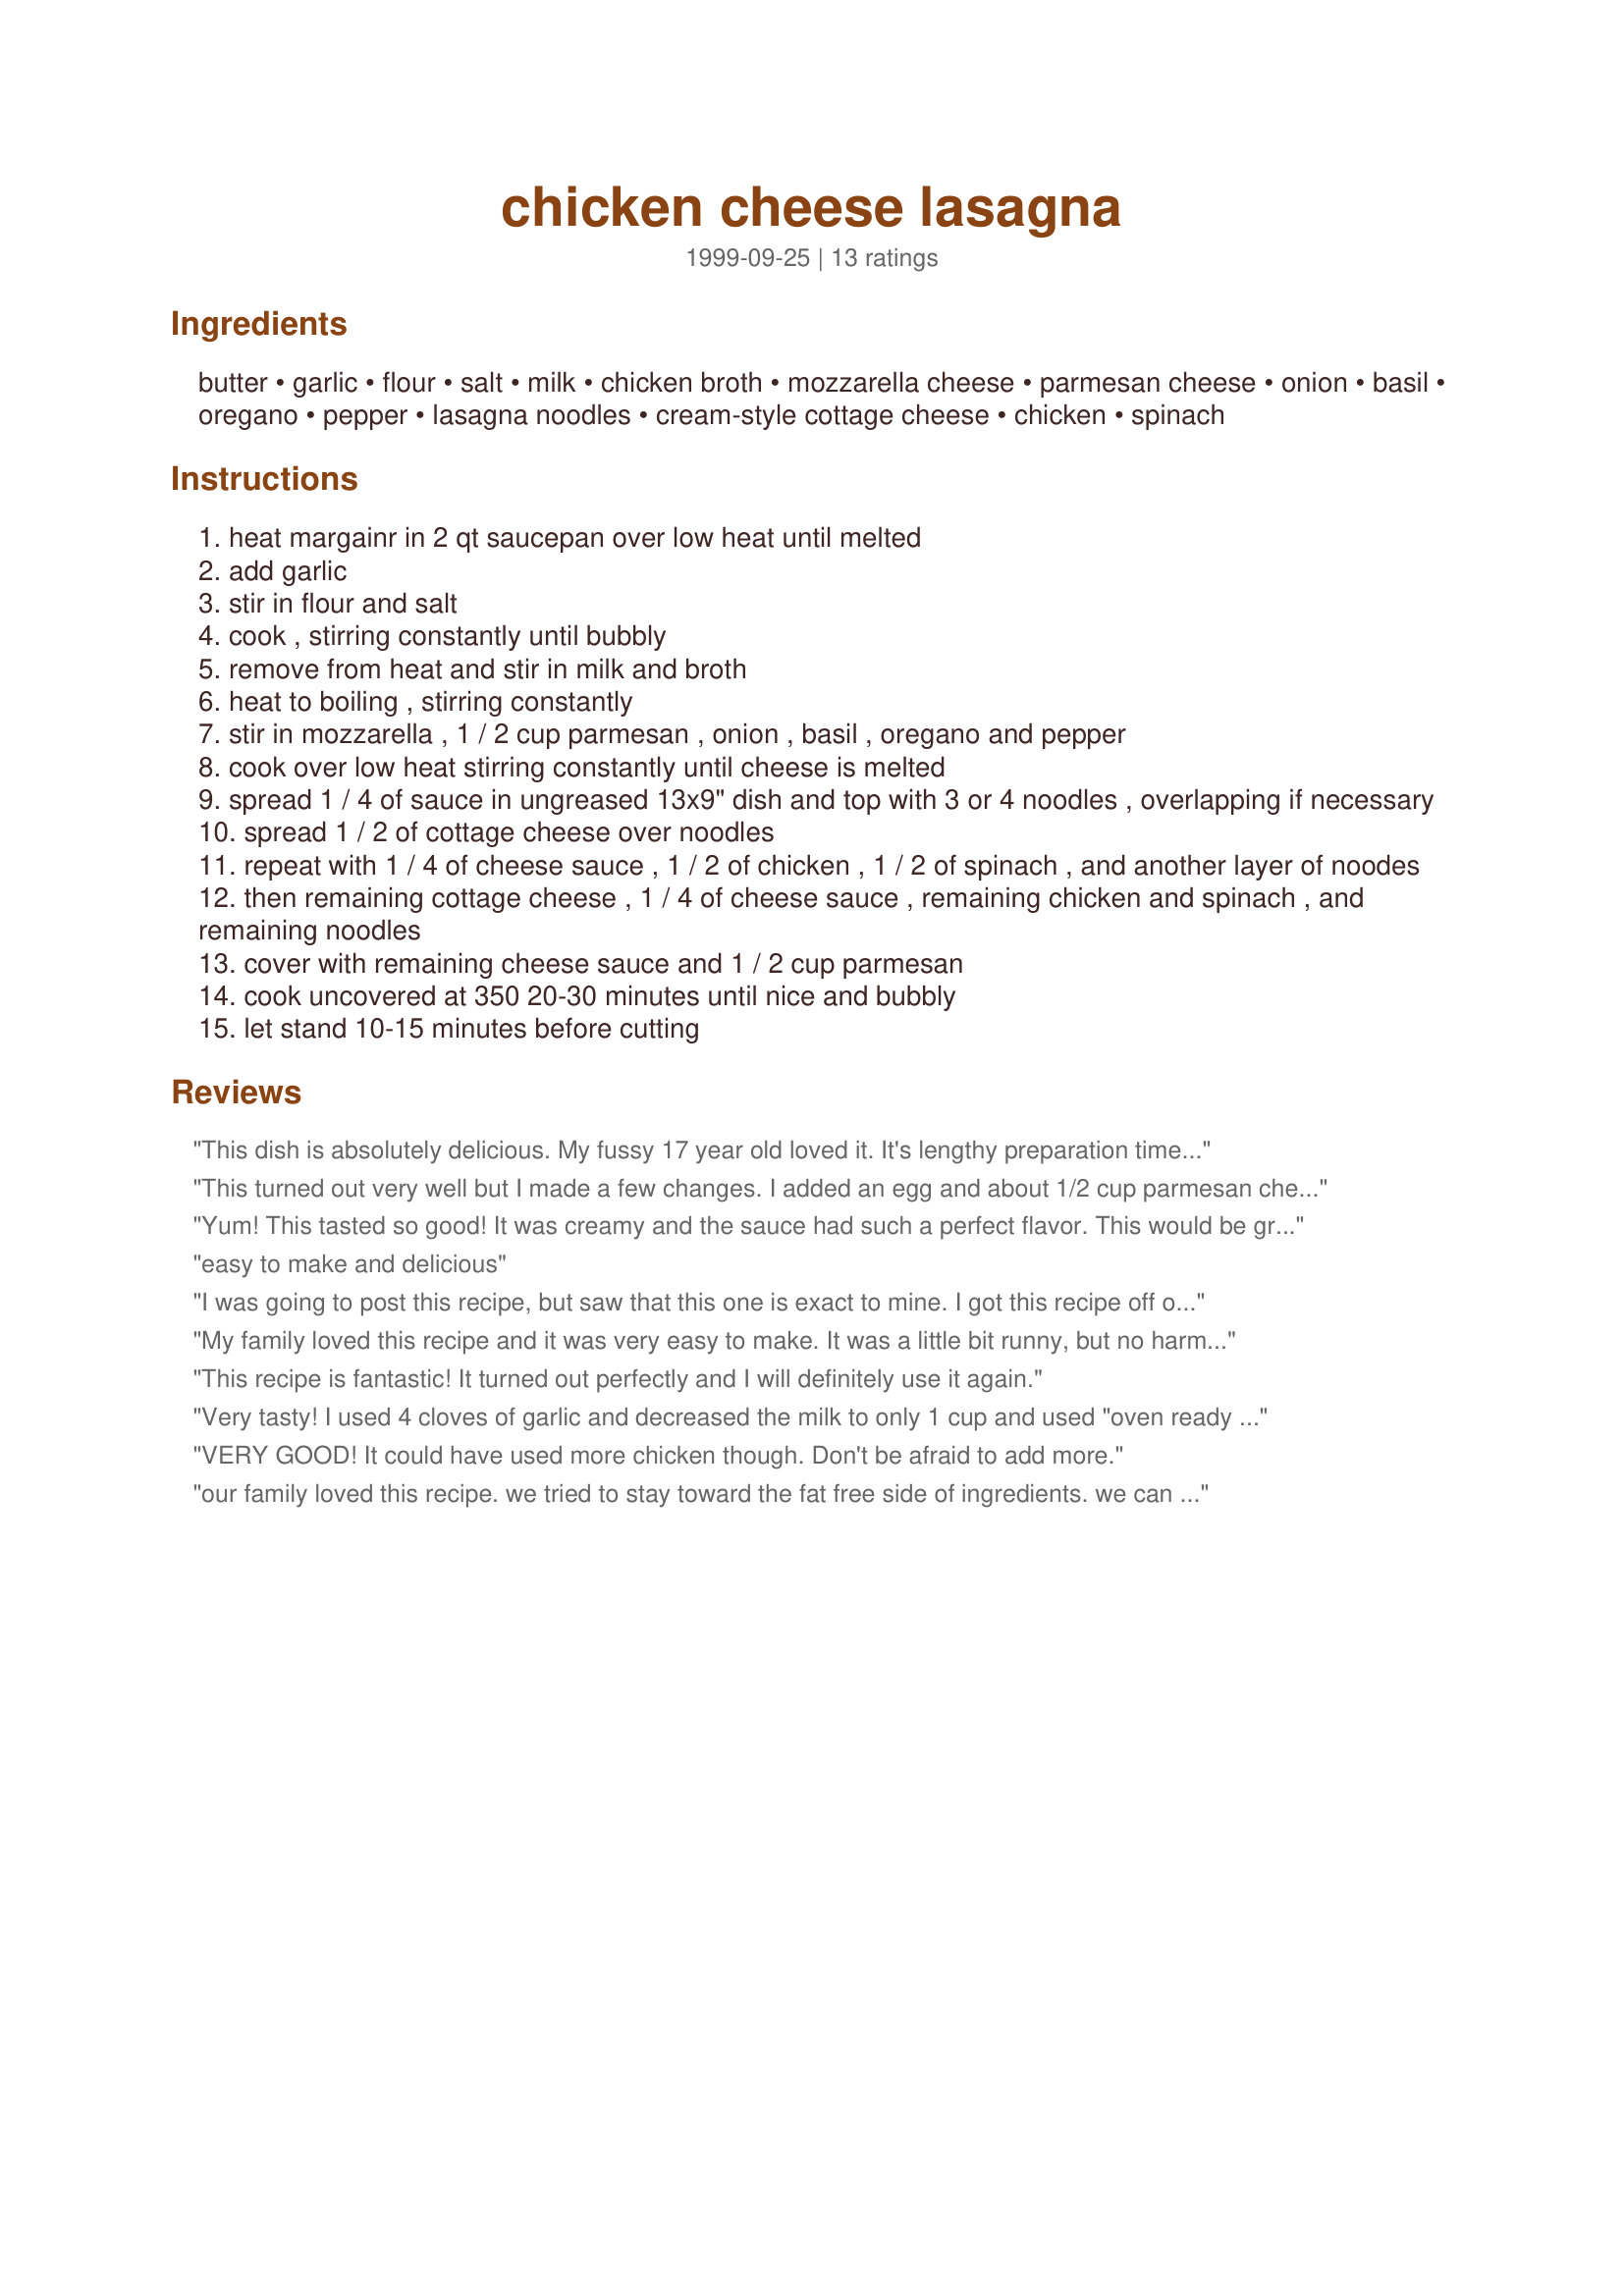
chicken cheese lasagna
Preparation time: 0 minutes

Ingredients:
butter, garlic, flour, salt, milk, chicken broth, mozzarella cheese, parmesan cheese, onion, basil, oregano, pepper, lasagna noodles, cream-style cottage cheese, chicken, spinach

Steps:
heat margainr in 2 qt saucepan over low heat until melted
add garlic
stir in flour and salt
cook , stirring constantly until bubbly
remove from heat and stir in milk and broth
heat to boiling , stirring constantly
stir in mozzarella , 1 / 2 cup parmesan , onion , basil , oregano and pepper
cook over low heat stirring constantly until cheese is melted
spread 1 / 4 of sauce in ungreased 13x9" dish and top with 3 or 4 noodles , overlapping if necessary
spread 1 / 2 of cottage cheese over noodles
repeat with 1 / 4 of cheese sauce , 1 / 2 of chicken , 1 / 2 of spinach , and another layer of noodes
then remaining cottage cheese , 1 / 4 of cheese sauce , remaining chicken and spinach , and remaining noodles
cover with remaining cheese sauce and 1 / 2 cup parmesan
cook uncovered at 350 20-30 minutes until nice and bubbly
let stand 10-15 minutes before cutting

Reviews:
This dish is absolutely delicious. My fussy 17 year old loved it. It's lengthy preparation time is well worth the effort. Instead of adding the chicken, spinach and cottage cheese in layers, I mixed them all together in a bowl adding 1 egg to mixture.
I will make this again very soon.
This turned out very well but I made a few changes. I added an egg and about 1/2 cup parmesan cheese to the cottage cheese and did not have a "runny" problem. I doubled the basil and oregano, putting half in the sauce and the other half in the cottage cheese mixture. This made a hearty meal and I served with salad and bread. Thanks for the recipe.
Yum! This tasted so good! It was creamy and the sauce had such a perfect flavor. This would be great to serve for a special occasion. I added an egg to the cottage cheese like other people suggested and it turned out good. Also, I think it would still taste great without the chicken if you needed to leave it out for vegetarians. I will definetely be making this one again, I just love it! I might even just make the sauce to pour over some pasta.
easy to make and delicious
I was going to post this recipe, but saw that this one is exact to mine. I got this recipe off of a website a couple of years ago for OMAC (Once a Month Cooking). It's a good freeze-ahead recipe. My whole family love this lasagna....something different. It has a nice creamy garlic flavor. A must try for all cooks!
My family loved this recipe and it was very easy to make. It was a little bit runny, but no harm -we just scooped up the sauce and piled in on top of some freshly toasted garlic bread. Yummy! My finicky daughter wants me to serve the sauce with pasta all the time now! 

Tip - Add a beaten egg and fresh parmesan cheese the cottage cheese to help firm it up a bit.
This recipe is fantastic! It turned out perfectly and I will definitely use it again.
Very tasty! I used 4 cloves of garlic and decreased the milk to only 1 cup and used "oven ready noodles." Put it together one day, then cooked it the next. With all of my changes, it turned out wonderful!
VERY GOOD! It could have used more chicken though. Don't be afraid to add more.
our family loved this recipe. we tried to stay toward the fat free side of ingredients. we can be pretty hearty eaters but were able to get way more than 6 servings out of this recipe; something for those looking at nutrition facts. we also substituted french cut green beans for lack of the spinach. Thanx for the recipe Cheryl!
Ok. Hubby really liked it, but I wasn't too big a fan. I felt like it was missing something. I think it would be absolutely fantastic with the addition of cream cheese to the cottage cheese/spinach part (I combined the two to make it spreadable along with an egg). I like a richer sauce and I think that that would taste amazing. I don't think the chicken is necessary and I will omit the chicken and the chicken broth next time. Thanks for sharing. It's a great base to start with.
this turned out great! didnt change anything. yum!!!
My 7 year old ate 3 helpings! I think if I made it again I would add the egg and paremesan as suggested by another reviewer. I liked it but didn't reach the category of "love"! A solid 4 stars!
